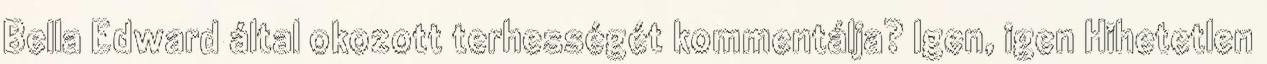
Bella Edward által okozott terhességét kommentálja? Igen, igen Hihetetlen